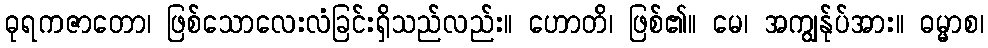
ဓုရကဇာတော၊ ဖြစ်သောလေးလံခြင်းရှိသည်လည်း။ ဟောတိ၊ ဖြစ်၏။ မေ၊ အကျွန်ုပ်အား။ ဓမ္မာစ၊